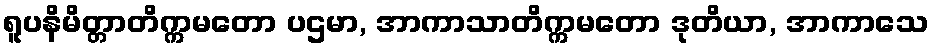
ရူပနိမိတ္တာတိက္ကမတော ပဌမာ, အာကာသာတိက္ကမတော ဒုတိယာ, အာကာသေ